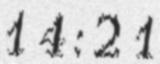
14:21